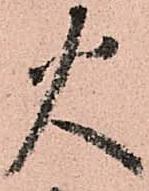
火